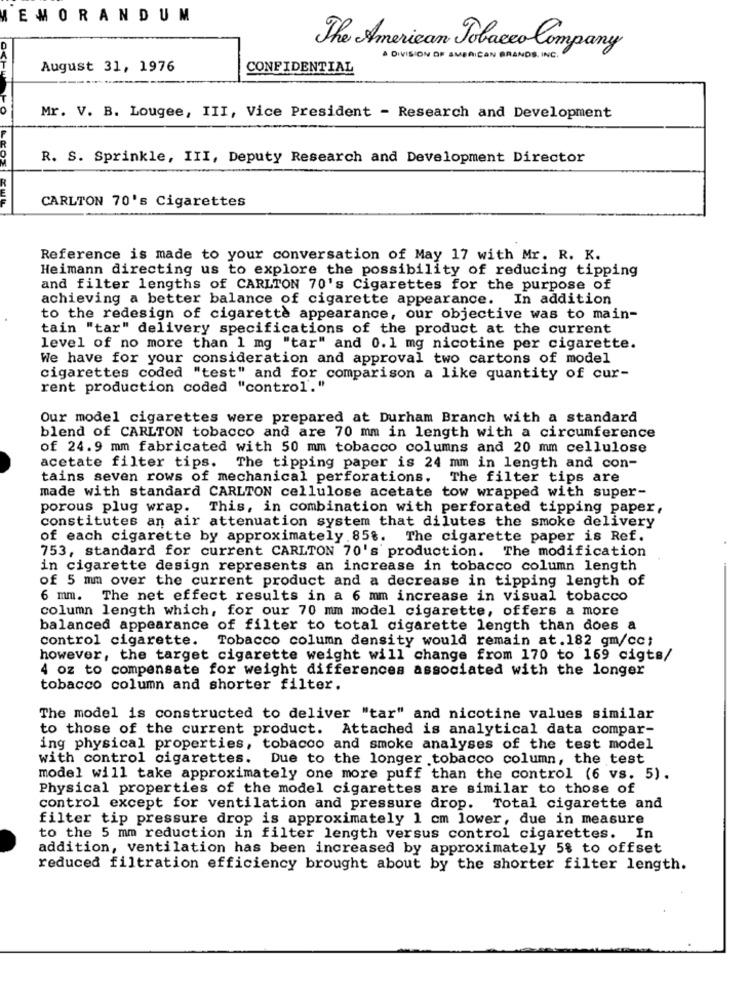
EMORANDUM
The American Tobacco Company
A DIVISION OF AMERICAN BRANDS INC .
August 31, 1976
CONFIDENTIAL
Mr. V. B. Lougee, III, Vice President - Research and Development
R. S. Sprinkle, III, Deputy Research and Development Director
CARLTON 70's Cigarettes
Reference is made to your conversation of May 17 with Mr. R. K.
Heimann directing us to explore the possibility of reducing tipping
and filter lengths of CARLTON 70's Cigarettes for the purpose of
achieving a better balance of cigarette appearance. In addition
to the redesign of cigarette appearance, our objective was to main-
tain "tar" delivery specifications of the product at the current
level of no more than 1 mg "tar" and 0.1 mg nicotine per cigarette.
We have for your consideration and approval two cartons of model
cigarettes coded "test" and for comparison a like quantity of cur-
rent production coded "control'."
Our model cigarettes were prepared at Durham Branch with a standard
blend of CARLTON tobacco and are 70 mm in length with a circumference
of 24.9 mm fabricated with 50 mm tobacco columns and 20 mm cellulose
acetate filter tips. The tipping paper is 24 mm in length and con-
tains seven rows of mechanical perforations. The filter tips are
made with standard CARLTON cellulose acetate tow wrapped with super-
porous plug wrap.
This, in combination with perforated tipping paper,
constitutes an air attenuation system that dilutes the smoke delivery
of each cigarette by approximately 85%. The cigarette paper is Ref.
753, standard for current CARLTON 70's production. The modification
in cigarette design represents an increase in tobacco column length
of 5 mm over the current product and a decrease in tipping length of
6 mm. The net effect results in a 6 mm increase in visual tobacco
column length which, for our 70 mm model cigarette, offers a more
balanced appearance of filter to total cigarette length than does a
control cigarette. Tobacco column density would remain at.182 gm/cc;
however, the target cigarette weight will change from 170 to 169 cigts/
4 oz to compensate for weight differences associated with the longer
tobacco column and shorter filter.
The model is constructed to deliver "tar" and nicotine values similar
to those of the current product. Attached is analytical data compar-
ing physical properties, tobacco and smoke analyses of the test model
with control cigarettes.
Due to the longer tobacco column, the test
model will take approximately one more puff than the control (6 vs. 5).
Physical properties of the model cigarettes are similar to those of
control except for ventilation and pressure drop. Total cigarette and
filter tip pressure drop is approximately 1 cm lower, due in measure
to the 5 mm reduction in filter length versus control cigarettes. In
addition, ventilation has been increased by approximately 5% to offset
reduced filtration efficiency brought about by the shorter filter length.